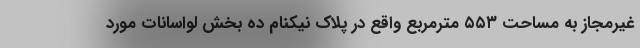
غیرمجاز به مساحت ۵۵۳ مترمربع واقع در پلاک نیکنام ده بخش لواسانات مورد